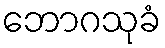
ဘောဂသုခံ